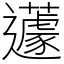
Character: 𨙊